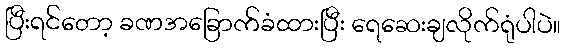
ပြီးရင်တော့ ခဏအခြောက်ခံထားပြီး ရေဆေးချလိုက်ရုံပါပဲ။